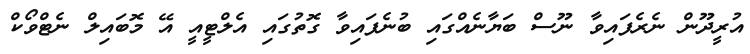
އުރީދޫން ނެރެފައިވާ ނޫސް ބަޔާނެއްގައި ބުނެފައިވާ ގޮތުގައި އެލްޓީއީ އޭ މޮބައިލް ނެޓްވޯކް